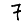
Digit: 7